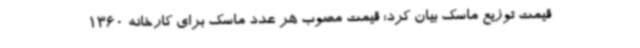
قیمت توزیع ماسک بیان کرد: قیمت مصوب هر عدد ماسک برای کارخانه 1360